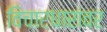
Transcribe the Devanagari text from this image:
विचारधारांवर